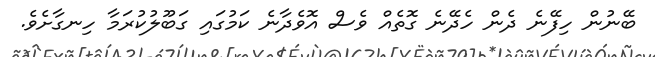
ބޭނުން ހިފޭނެ ދެން ހެދޭނެ ގޮތެއް ވެސް އޮވެދާނެ ކަމުގައި ގަބޫލުކުރަމާ ހިނގާށެވެ.